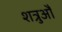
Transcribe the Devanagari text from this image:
शत्रुऔं